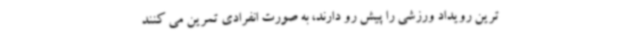
‌ترین رویداد ورزشی را پیش رو دارند، به صورت انفرادی تمرین می کنند